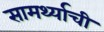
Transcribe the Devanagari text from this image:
सामर्थ्याची